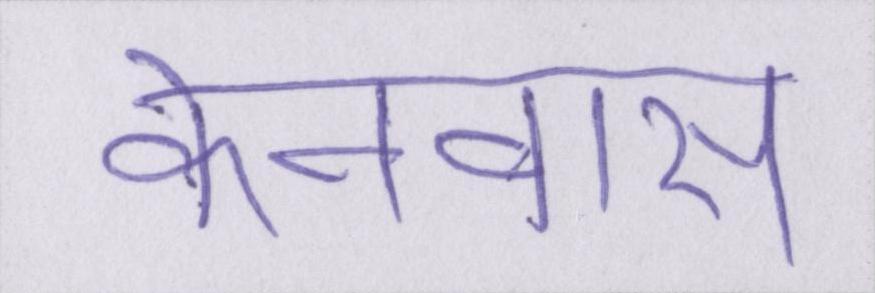
केनवास